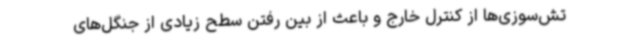
تش‌سوزی‌ها از کنترل خارج و باعث از بین رفتن سطح زیادی از جنگل‌های